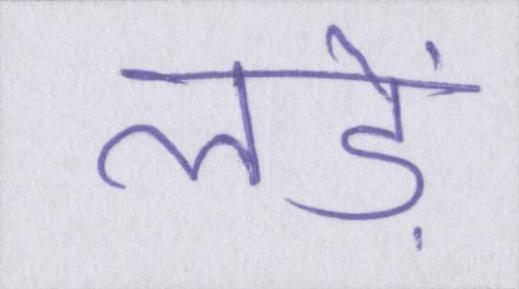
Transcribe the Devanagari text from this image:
लड़ें